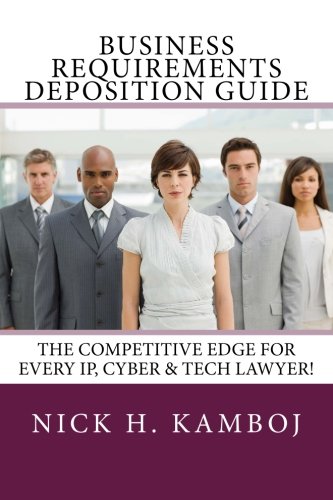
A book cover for Business Requirements Deposition Guide: The Competitive Edge For Every IP, Cyber & Tech Lawyer!; Nick H. Kamboj; Computers & Technology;